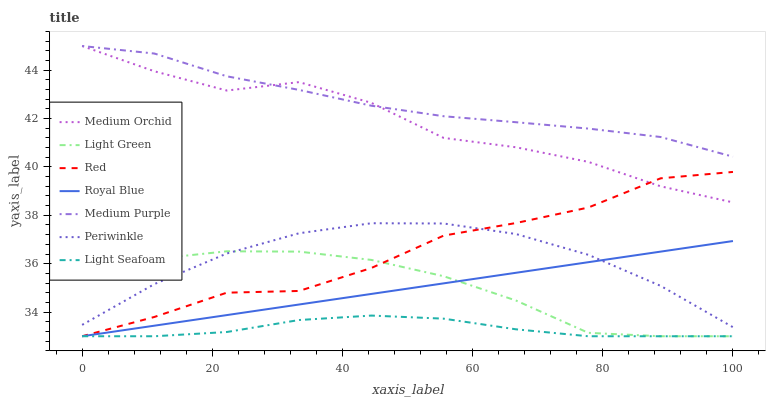
| xaxis_label | Medium Orchid | Light Green | Red | Royal Blue | Medium Purple | Periwinkle | Light Seafoam |
 | --- | --- | --- | --- | --- | --- | --- | --- |
 | 0 | 45 | 35.5 | 33 | 33 | 45 | 33.5 | 33 |
 | 11.1 | 44 | 36.2 | 33.8 | 33.4 | 44.7 | 35.2 | 33 |
 | 22.2 | 43.2 | 36.5 | 34.8 | 33.9 | 43.7 | 36.4 | 33.2 |
 | 33.3 | 43.5 | 36.5 | 34.9 | 34.3 | 43.2 | 37.3 | 33.7 |
 | 44.4 | 42.7 | 36.2 | 35.8 | 34.7 | 42.5 | 37.7 | 33.9 |
 | 55.6 | 41.2 | 35.5 | 37.2 | 35.2 | 42.1 | 37.7 | 33.7 |
 | 66.7 | 40.8 | 34.5 | 37.7 | 35.6 | 41.8 | 37.2 | 33.3 |
 | 77.8 | 40.2 | 33.1 | 38.3 | 36.1 | 41.6 | 36.4 | 33 |
 | 88.9 | 39.2 | 33 | 39.5 | 36.5 | 41.2 | 35.1 | 33 |
 | 100 | 38.5 | 33 | 39.8 | 36.9 | 40.4 | 33.4 | 33 |